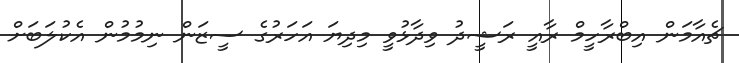
ޗެއާމަން އިބްރާހީމް ރާއީ ރަޝީދު ވިދާޅުވީ މިދިޔަ އަހަރުގެ ސީޒަން ނިމުމުން އެކުލަބަށް